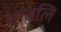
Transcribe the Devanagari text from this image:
आवलि